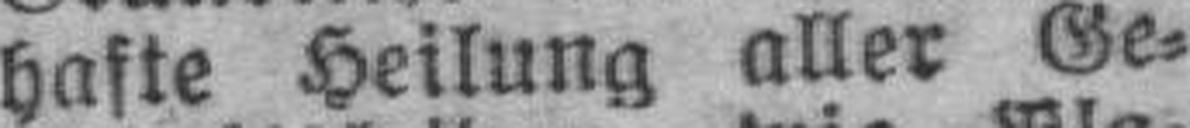
hafte Heilung aller Ge¬